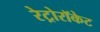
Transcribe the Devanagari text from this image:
रेट्रोरॉकेट